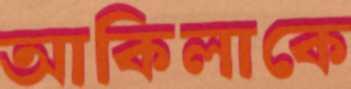
আকিলাকে